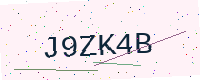
Text: J9ZK4B